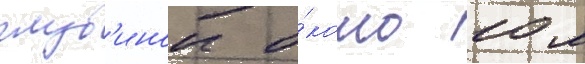
глуб'инои о́коло 10 м